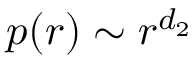
p ( r ) \sim r ^ { d _ { 2 } }